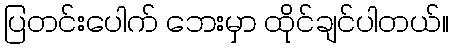
ပြတင်းပေါက် ဘေးမှာ ထိုင်ချင်ပါတယ်။